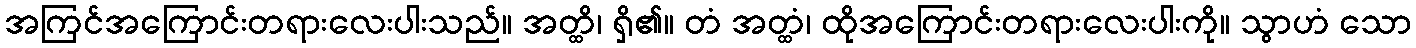
အကြင်အကြောင်းတရားလေးပါးသည်။ အတ္ထိ၊ ရှိ၏။ တံ အတ္ထံ၊ ထိုအကြောင်းတရားလေးပါးကို။ သွာဟံ သော